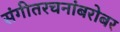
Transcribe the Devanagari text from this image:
संगीतरचनांबरोबर